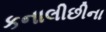
કનાલીછીના